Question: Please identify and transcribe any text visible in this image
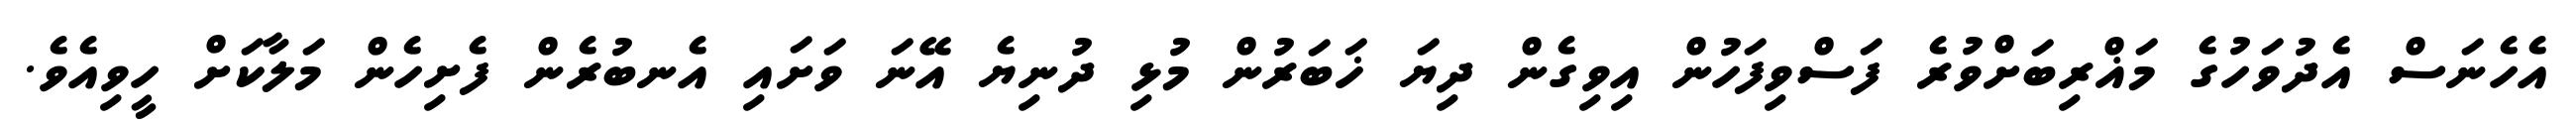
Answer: އެހެނަސް އެދުވަހުގެ މަޣްރިބަށްވުރެ ފަސްވިފަހުން އިވިގެން ދިޔަ ޚަބަރުން މުޅި ދުނިޔެ އޭނަ ވަށައި އެނބުރެން ފެށިހެން މަލާކަށް ހީވިއެވެ.